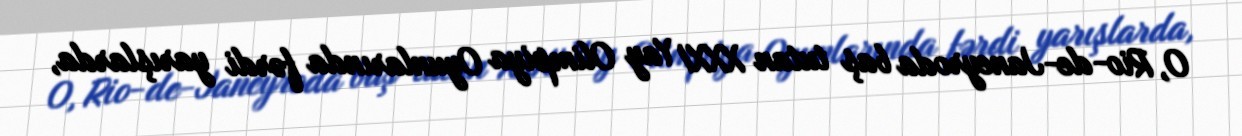
O, Rio-de-Janeyroda baş tutan XXXI Yay Olimpiya Oyunlarında fərdi yarışlarda,